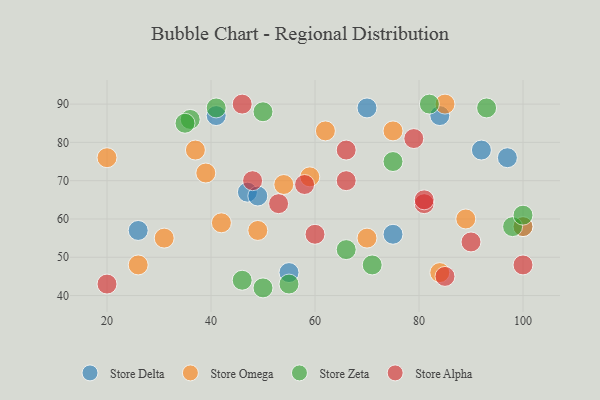
{"axis": {"x": "GDP", "y": "Life Expectancy"}, "legend": ["Store Alpha", "Store Delta", "Store Omega", "Store Zeta"], "data": [{"x": "75", "y": 56, "type": "Store Delta"}, {"x": "41", "y": 87, "type": "Store Delta"}, {"x": "100", "y": 58, "type": "Store Delta"}, {"x": "47", "y": 67, "type": "Store Delta"}, {"x": "92", "y": 78, "type": "Store Delta"}, {"x": "70", "y": 89, "type": "Store Delta"}, {"x": "49", "y": 66, "type": "Store Delta"}, {"x": "26", "y": 57, "type": "Store Delta"}, {"x": "97", "y": 76, "type": "Store Delta"}, {"x": "55", "y": 46, "type": "Store Delta"}, {"x": "84", "y": 87, "type": "Store Delta"}, {"x": "31", "y": 55, "type": "Store Omega"}, {"x": "26", "y": 48, "type": "Store Omega"}, {"x": "75", "y": 83, "type": "Store Omega"}, {"x": "37", "y": 78, "type": "Store Omega"}, {"x": "20", "y": 76, "type": "Store Omega"}, {"x": "100", "y": 58, "type": "Store Omega"}, {"x": "59", "y": 71, "type": "Store Omega"}, {"x": "42", "y": 59, "type": "Store Omega"}, {"x": "49", "y": 57, "type": "Store Omega"}, {"x": "84", "y": 46, "type": "Store Omega"}, {"x": "62", "y": 83, "type": "Store Omega"}, {"x": "54", "y": 69, "type": "Store Omega"}, {"x": "70", "y": 55, "type": "Store Omega"}, {"x": "85", "y": 90, "type": "Store Omega"}, {"x": "89", "y": 60, "type": "Store Omega"}, {"x": "39", "y": 72, "type": "Store Omega"}, {"x": "41", "y": 89, "type": "Store Zeta"}, {"x": "36", "y": 86, "type": "Store Zeta"}, {"x": "50", "y": 42, "type": "Store Zeta"}, {"x": "82", "y": 90, "type": "Store Zeta"}, {"x": "46", "y": 44, "type": "Store Zeta"}, {"x": "98", "y": 58, "type": "Store Zeta"}, {"x": "66", "y": 52, "type": "Store Zeta"}, {"x": "100", "y": 61, "type": "Store Zeta"}, {"x": "35", "y": 85, "type": "Store Zeta"}, {"x": "75", "y": 75, "type": "Store Zeta"}, {"x": "50", "y": 88, "type": "Store Zeta"}, {"x": "93", "y": 89, "type": "Store Zeta"}, {"x": "55", "y": 43, "type": "Store Zeta"}, {"x": "71", "y": 48, "type": "Store Zeta"}, {"x": "66", "y": 78, "type": "Store Alpha"}, {"x": "66", "y": 70, "type": "Store Alpha"}, {"x": "85", "y": 45, "type": "Store Alpha"}, {"x": "58", "y": 69, "type": "Store Alpha"}, {"x": "81", "y": 64, "type": "Store Alpha"}, {"x": "46", "y": 90, "type": "Store Alpha"}, {"x": "90", "y": 54, "type": "Store Alpha"}, {"x": "53", "y": 64, "type": "Store Alpha"}, {"x": "48", "y": 70, "type": "Store Alpha"}, {"x": "81", "y": 65, "type": "Store Alpha"}, {"x": "20", "y": 43, "type": "Store Alpha"}, {"x": "79", "y": 81, "type": "Store Alpha"}, {"x": "100", "y": 48, "type": "Store Alpha"}, {"x": "60", "y": 56, "type": "Store Alpha"}]}